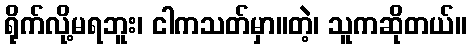
ရိုက်လို့မရဘူး၊ ငါကသတ်မှာ။တဲ့၊ သူကဆိုတယ်။